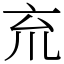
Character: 㐬